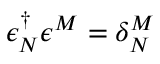
\epsilon _ { N } ^ { \dagger } \epsilon ^ { M } = \delta _ { N } ^ { M }